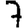
Digit: 7